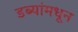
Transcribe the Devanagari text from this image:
डब्यांमधून